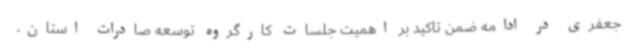
جعفری در ادامه ضمن تاکید بر اهمیت جلسات کارگروه توسعه صادرات استان،